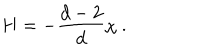
H = - { \frac { d - 2 } { d } } \chi ~ .